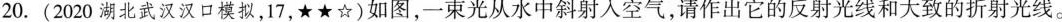
20.(2020湖北武汉汉口模拟，17，★★☆)如图，一束光从水中斜射入空气，请作出它的反射光线和大致的折射光线。